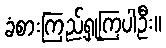
ခံစားကြည့်ရှုကြပါဦး။